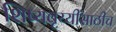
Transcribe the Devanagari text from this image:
शिष्यवृय्यींसाठीच